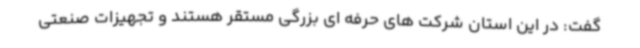
گفت: در این استان شرکت های حرفه ای بزرگی مستقر هستند و تجهیزات صنعتی